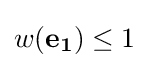
w(\mathbf {e_{1}} )\leq 1